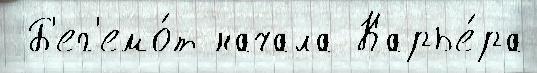
 Б'ег'емо́т начала Карье́ра